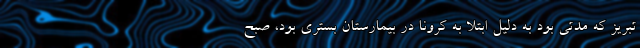
تبریز که مدتی بود به دلیل ابتلا به کرونا در بیمارستان بستری بود، صبح